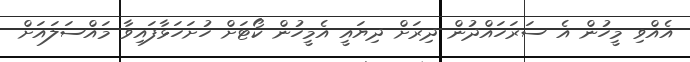
އެއްވި މީހުން އެ ސަރަހައްދުން ދިރަށް ދިޔައީ އެމީހުން ކޯޓަށް ހުށަހަޅާފައިވާ މައްސަލައަށް